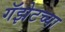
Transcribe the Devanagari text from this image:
गॅझेटच्या